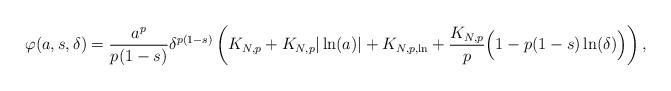
LaTeX: \begin{align*}\varphi(a,s,\delta)=\frac{a^p}{p(1-s)}\delta^{p(1-s)}\left(K_{N,p}+K_{N,p}|\ln(a)|+K_{N,p,\ln}+\frac{K_{N,p}}{p}\Big(1-p(1-s)\ln(\delta)\Big)\right),\end{align*}